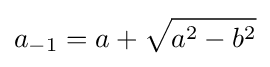
a_{-1}=a+{\sqrt {a^{2}-b^{2}}}